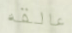
عالقه